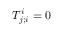
T _ { j ; i } ^ { i } = 0